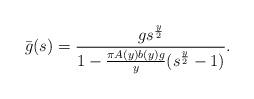
LaTeX: \begin{align*} \bar{g}(s)=\frac{g s^{\frac{y}{2}}}{1-\frac{\pi A(y)b(y)g}{y}(s^{\frac{y}{2}}-1)}.\end{align*}